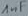
Text: 1nF